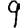
Digit: 9